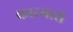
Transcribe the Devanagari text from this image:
कारमारो